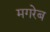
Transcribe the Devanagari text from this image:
मगरेब